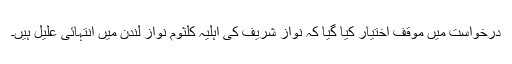
درخواست میں موقف اختیار کیا گیا کہ نواز شریف کی اہلیہ کلثوم نواز لندن میں انتہائی علیل ہیں۔